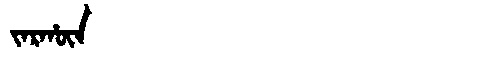
Manchu: ᠵᠠᡵᡥᡡᠨ
Romanization: JARHŪN